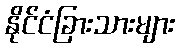
နိုင်ငံခြားသားများ